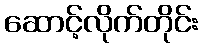
ဆောင့်လိုက်တိုင်း